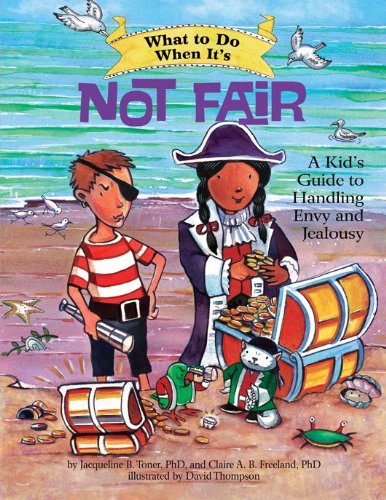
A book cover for What to Do When It's Not Fair: A Kid's Guide to Handling Envy and Jealousy (What-to-Do Guides for Kids); Jacqueline B. Toner; Medical Books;